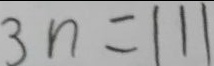
3 n = 1 1 1